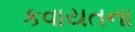
કવાયતના